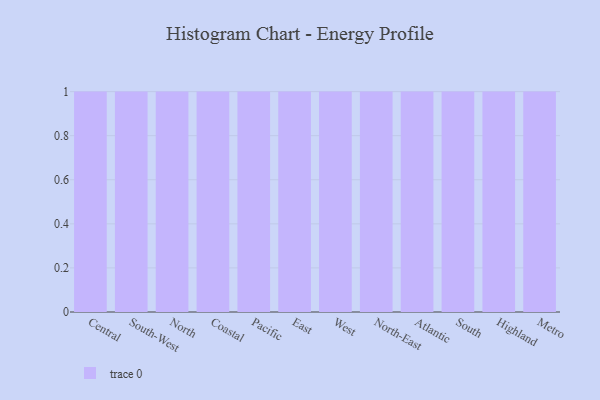
{"axis": {"x": "Region", "y": "Energy Usage (MWh)"}, "legend": [""], "data": [{"x": "Central", "y": 70, "type": ""}, {"x": "South-West", "y": 22, "type": ""}, {"x": "North", "y": 36, "type": ""}, {"x": "Coastal", "y": 88, "type": ""}, {"x": "Pacific", "y": 69, "type": ""}, {"x": "East", "y": 96, "type": ""}, {"x": "West", "y": 81, "type": ""}, {"x": "North-East", "y": 63, "type": ""}, {"x": "Atlantic", "y": 46, "type": ""}, {"x": "South", "y": 78, "type": ""}, {"x": "Highland", "y": 97, "type": ""}, {"x": "Metro", "y": 55, "type": ""}]}